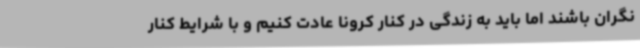
نگران باشند اما باید به زندگی در کنار کرونا عادت کنیم و با شرایط کنار